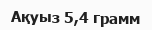
Ақуыз 5,4 грамм